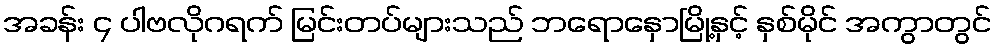
အခန်း ၄ ပါဗလိုဂရက် မြင်းတပ်များသည် ဘရောနှောမြို့နှင့် နှစ်မိုင် အကွာတွင်